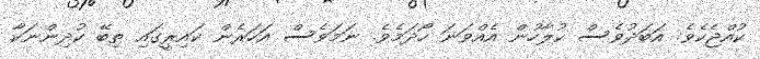
ކުއްޖެކެވެ. އަބަދުވެސް ކުލާހުން އެއްވަނަ ހޯދަމެވެ. ނަމަވެސް އަހަރެން ކައިރީގައި ތިބޭ ކުދިންނަކާ